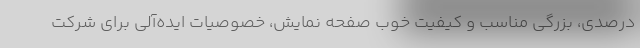
درصدی، بزرگی مناسب و کیفیت خوب صفحه نمایش، خصوصیات ایده‌آلی برای شرکت